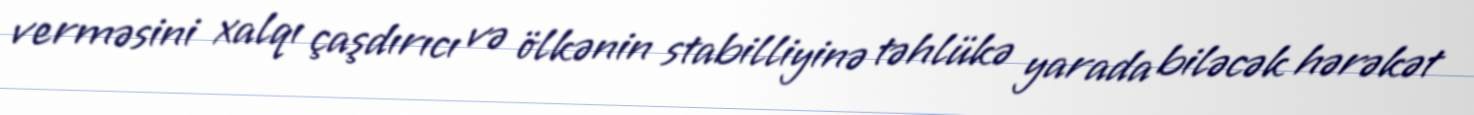
verməsini xalqı çaşdırıcı və ölkənin stabilliyinə təhlükə yarada biləcək hərəkət